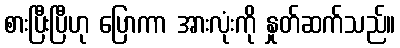
စားပြီးပြီဟု ပြောကာ အားလုံးကို နှုတ်ဆက်သည်။